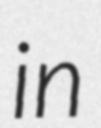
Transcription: in